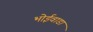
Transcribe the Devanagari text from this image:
भोईवाडा